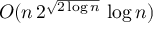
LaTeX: O ( n \, 2 ^ { \sqrt { 2 \log n } } \, \log n )